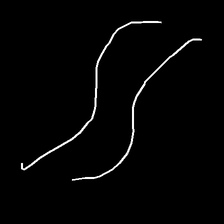
Glyph: float